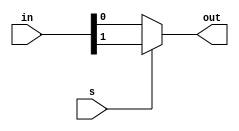
module mux_2_1(out,in,s);
output out;
input [1:0]in;
input s;
// s is select
// in is vector input
assign out = s ? in[1] : in[0];
endmodule